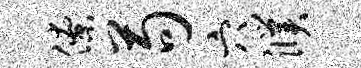
僚苟穴濮